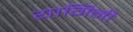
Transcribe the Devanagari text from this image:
यागिनी